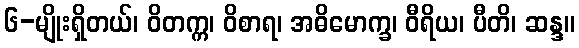
၆-မျိုးရှိတယ်၊ ဝိတက္က၊ ဝိစာရ၊ အဓိမောက္ခ၊ ဝီရိယ၊ ပီတိ၊ ဆန္ဒ။